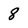
Character: 8